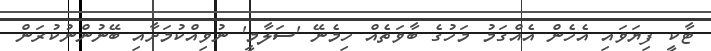
ޓާކީ ފިޔަވައި އެހެން އެއްގަމު މަހުގެ ބާވަތެއް ހިމެނޭ 'ސަލާމީ' ނުވިއްކުމަށާއި ބޭނުންނުކުރަން